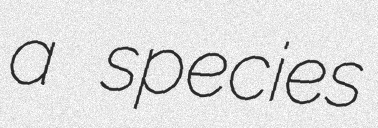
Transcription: a species